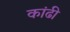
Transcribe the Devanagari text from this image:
कांढी